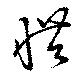
惜